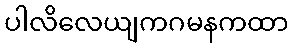
ပါလိလေယျကဂမနကထာ